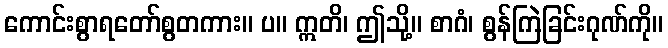
ကောင်းစွာရတော်စွတကား။ ပ။ ဣတိ၊ ဤသို့။ စာဂံ၊ စွန်ကြဲခြင်းဂုဏ်ကို။